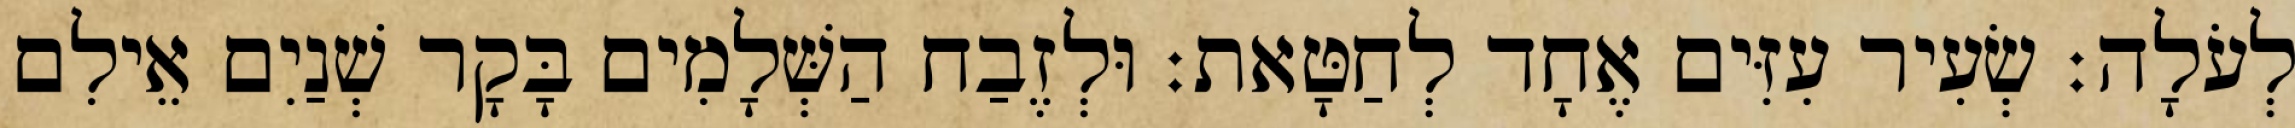
לְעֹלָה׃ שְׂעִיר עִזִּים אֶחָד לְחַטָּאת׃ וּלְזֶבַח הַשְּׁלָמִים בָּקָר שְׁנַיִם אֵילִם